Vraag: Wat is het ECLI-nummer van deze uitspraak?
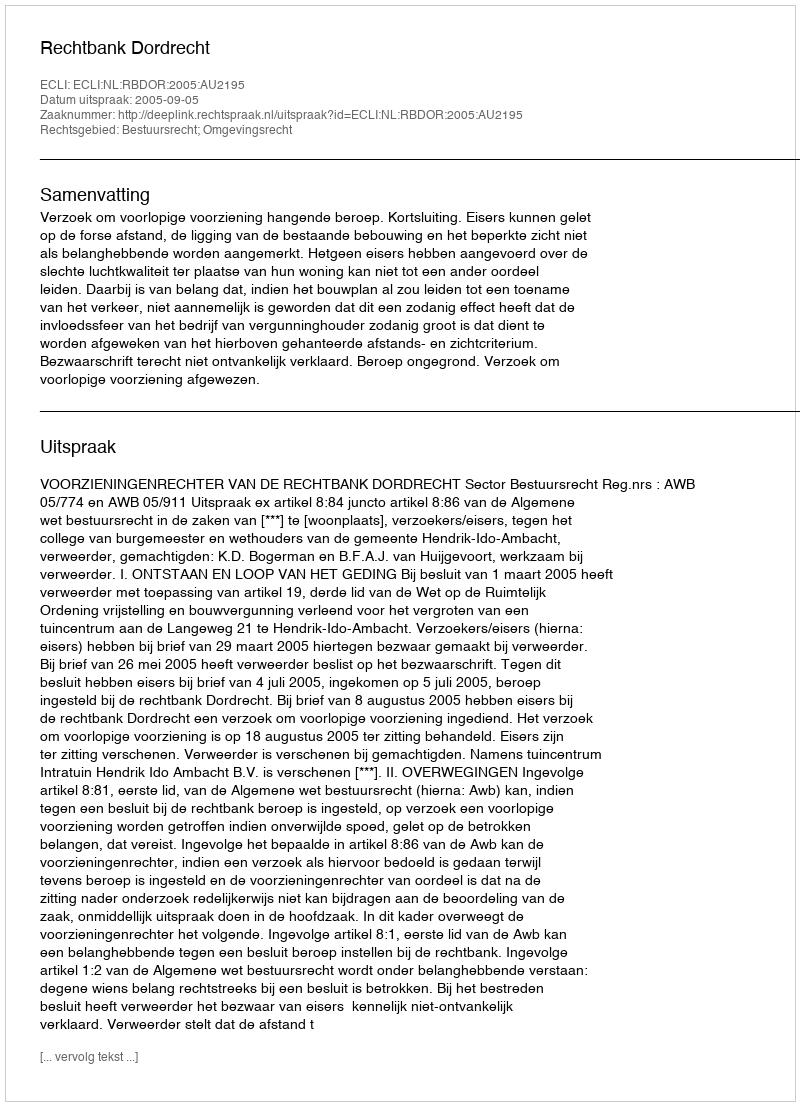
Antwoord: ECLI:NL:RBDOR:2005:AU2195